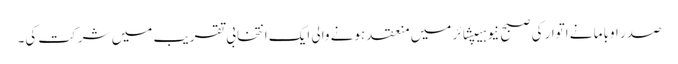
صدر اوباما نے اتوار کی صبح نیو ہیپشائر میں منعقد ہونے والی ایک انتخابی تقریب میں شرکت کی۔